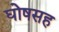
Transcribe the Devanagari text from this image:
घोषसह